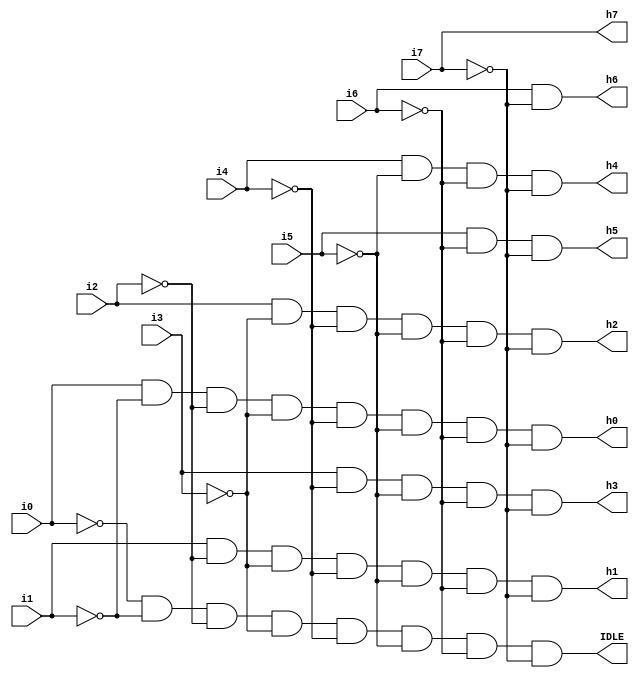
module priority_circuit (i0,i1,i2,i3,i4,i5,i6,i7,h0,h1,h2,h3,h4,h5,h6,h7,IDLE);

   input i0,i1,i2,i3,i4,i5,i6,i7;
   output h0,h1,h2,h3,h4,h5,h6,h7,IDLE;

   assign h7=i7;
   assign h6=i6 & ~i7;
   assign h5=i5 & ~i6 & ~i7;
   assign h4=i4 & ~i5 & ~i6 & ~i7;
   assign h3=i3 & ~i4 & ~i5 & ~i6 & ~i7;
   assign h2=i2 & ~i3 & ~i4 & ~i5 & ~i6 & ~i7;
   assign h1=i1 & ~i2 & ~i3 & ~i4 & ~i5 & ~i6 & ~i7;
   assign h0=i0 & ~i1 & ~i2 & ~i3 & ~i4 & ~i5 & ~i6 & ~i7;
   assign IDLE=~i0 & ~i1 & ~i2 & ~i3 & ~i4 & ~i5 & ~i6 & ~i7;

endmodule